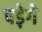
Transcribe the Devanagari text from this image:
पड़ेगे